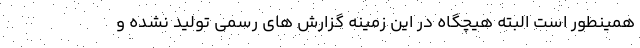
همینطور است البته هیچگاه در این زمینه گزارش های رسمی تولید نشده و